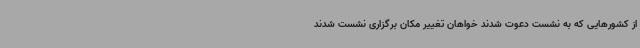
از کشورهایی که به نشست دعوت شدند خواهان تغییر مکان برگزاری نشست شدند